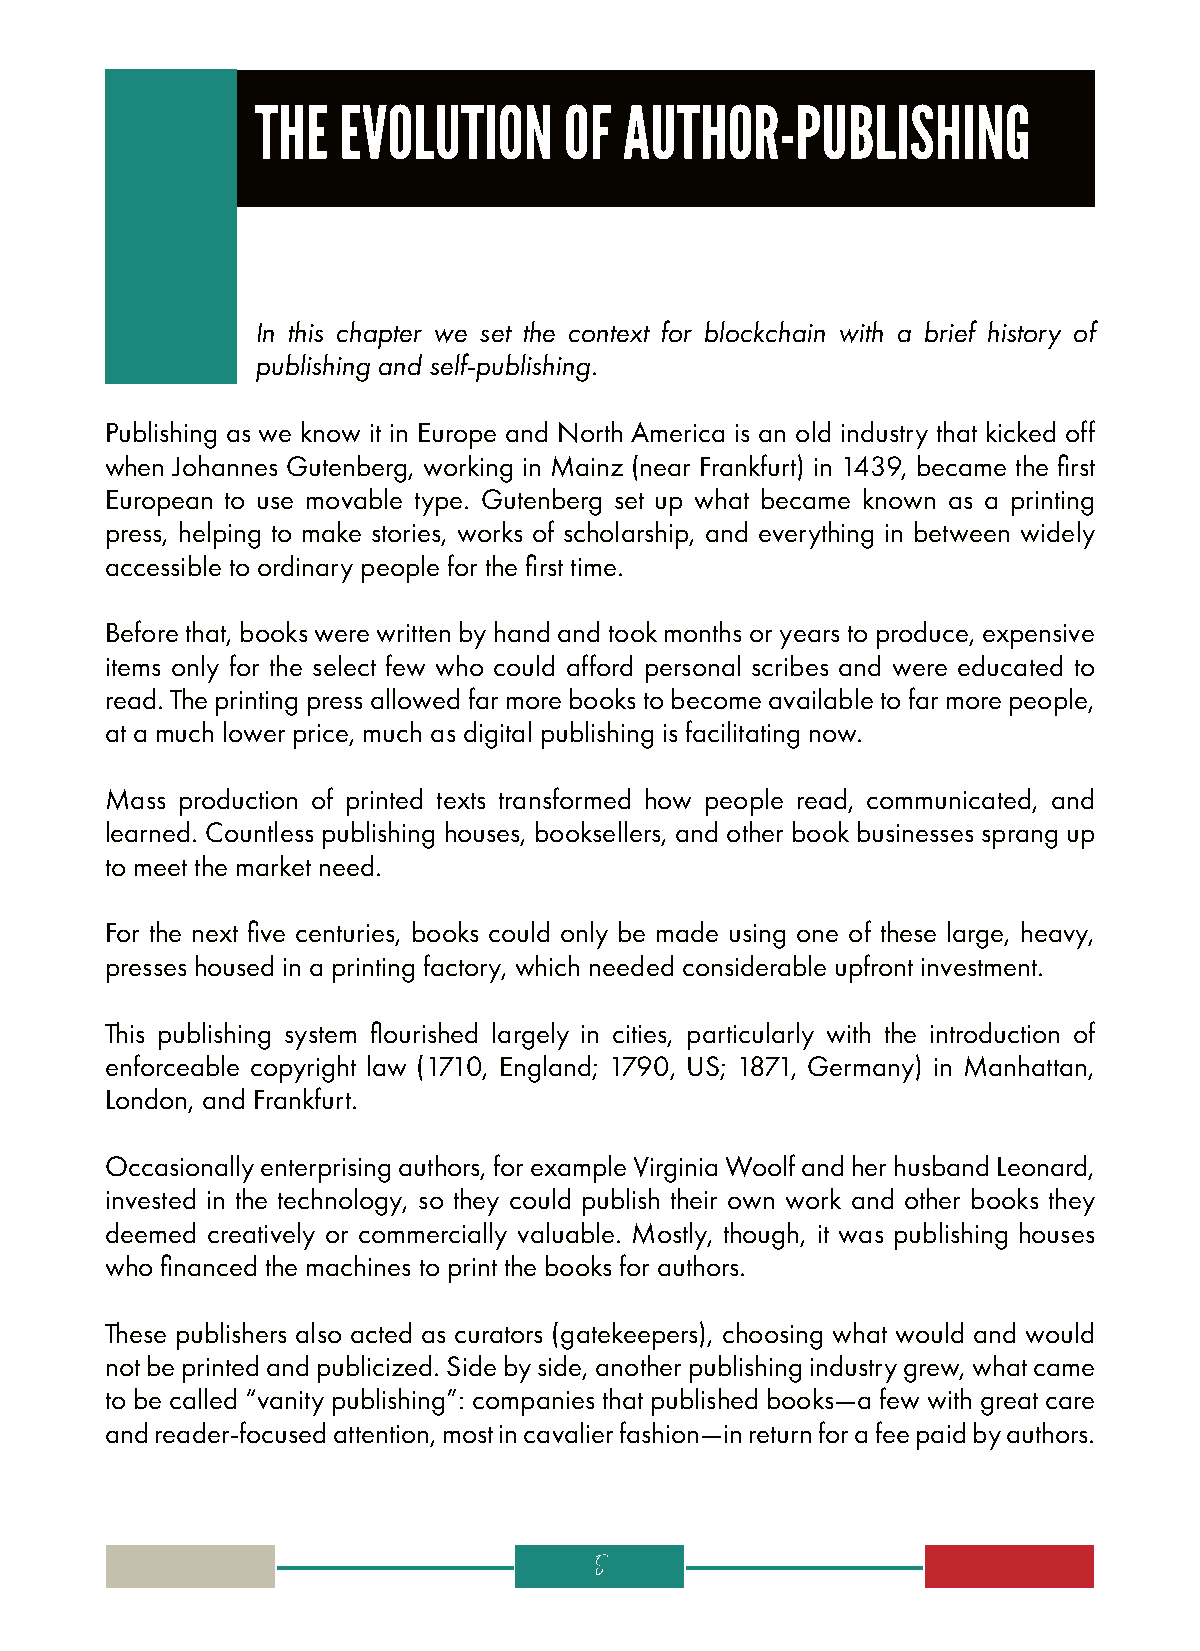
THE  EVOLUTION      OF  AUTHOR-PUBLISHING
 In this chapter we set the context for blockchain with a brief history of
 publishing and self-publishing.
 Publishing as we know it in Europe and North America is an old industry that kicked off
 when Johannes Gutenberg, working in Mainz (near Frankfurt) in 1439, became the first
 European to use movable type. Gutenberg set up what became known as a printing
 press, helping to make stories, works of scholarship, and everything in between widely
 accessible to ordinary people for the first time.
 Before that, books were written by hand and took months or years to produce, expensive
 items only for the select few who could afford personal scribes and were educated to
 read. The printing press allowed far more books to become available to far more people,
 at a much lower price, much as digital publishing is facilitating now.
 Mass production of printed texts transformed how people read, communicated, and
 learned. Countless publishing houses, booksellers, and other book businesses sprang up
 to meet the market need.
 For the next five centuries, books could only be made using one of these large, heavy,
 presses housed in a printing factory, which needed considerable upfront investment.
 This publishing system flourished largely in cities, particularly with the introduction of
 enforceable copyright law (1710, England; 1790, US; 1871, Germany) in Manhattan,
 London, and Frankfurt.
 Occasionally enterprising authors, for example Virginia Woolf and her husband Leonard,
 invested in the technology, so they could publish their own work and other books they
 deemed creatively or commercially valuable. Mostly, though, it was publishing houses
 who financed the machines to print the books for authors.
 These publishers also acted as curators (gatekeepers), choosing what would and would
 not be printed and publicized. Side by side, another publishing industry grew, what came
 to be called “vanity publishing”: companies that published books—a few with great care
 and reader-focused attention, most in cavalier fashion—in return for a fee paid by authors.
 5